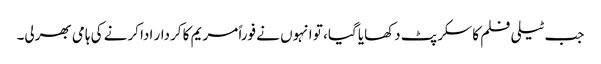
جب ٹیلی فلم کا سکرپٹ دکھایا گیا، تو انہوں نے فوراً مریم کا کردار ادا کرنے کی ہامی بھرلی۔